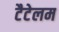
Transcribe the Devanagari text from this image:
टैटेलम